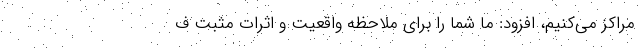
مراكز مي‌كنيم، افزود: ما شما را براي ملاحظه واقعيت و اثرات مثبت ف